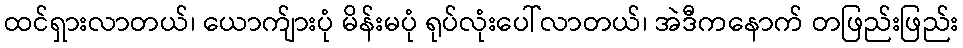
ထင်ရှားလာတယ်၊ ယောက်ျားပုံ မိန်းမပုံ ရုပ်လုံးပေါ်လာတယ်၊ အဲဒီကနောက် တဖြည်းဖြည်း